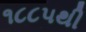
૧૮૮૫થી